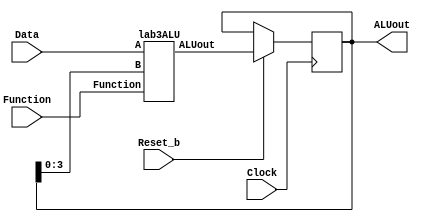
module part2(Clock, Reset_b, Data, Function, ALUout);
	input Clock, Reset_b;
	input [3:0] Data;
	input [2:0] Function;
	output [7:0] ALUout;

	wire [7:0] wOut;

	reg [7:0] wReg = 'd0;

	// cases 0 through 6
	lab3ALU u0 (Data[3:0], wReg[3:0], Function[2:0], wOut[7:0]);
	
	// case 7
	always @(posedge Clock)     // triggered every time clock rises
	begin 
		if (Reset_b == 1'b0)    // when reset_b is 0
			
			wReg <= wReg;             // q set to 0
		else                    // when not 0
			wReg <= wOut;             // value of d passes through to output q
	end	
	
	assign ALUout = wReg;

endmodule

// ALU
module lab3ALU(A, B, Function, ALUout);
    	input [3:0] A, B;
	input [2:0] Function;
	
	output reg [7:0]ALUout = 'd0;
	
	wire [3:0] w1;
	wire w2;
	
	RIPPLE_ADDER adder(.A(A), .B(B), .Cin(1'b0), .S(w1[3:0]), .Co(w2));
	
	always @(*)
	begin
		case(Function[2:0])
			
			// 0: A+B with adder
			3'b000: begin
				ALUout[3:0]=w1[3:0];
				ALUout[4] = w2;
				ALUout[7:5] = 1'b0;
			end
			
			// 1: A+B using "+"
			3'b001: ALUout = A+B;
			
			// 2: Sign Extension
			3'b010: ALUout[7:0] = { {4{B[3]}}, B[3:0] };
			
			// 3: Output if...
			3'b011: begin
				ALUout[7:1] = 1'b0;
				ALUout[0] = |{A, B};
			end
			
			// 4: Output if...
			3'b100: begin
				ALUout[7:1] = 1'b0;
				ALUout[0] = &{A, B};
			end
				
			// 5: Left shift B by A bits
			3'b101: ALUout = B * (2**A);
			
			// 6: AXB using "*"
			3'b110: ALUout = A*B;
			
			// 7: Hold current value in the Register
			3'b111: ALUout[7:0] = ALUout[7:0];
			
			default: ALUout[7:0]=1'b0;
			
		endcase
	end
endmodule

// Register
//module register (D, Reset_b, Clock, q);
    //input [7:0] D;
   // input Reset_b, Clock;
  //  output reg [7:0] q;
    
//	always @(posedge Clock)     // triggered every time clock rises
	
//	begin 
//		if (Reset_b == 1'b0)    // when reset_b is 0
			
//			q <= 0;             // q set to 0
//		else                    // when not 0
//			q <= D;             // value of d passes through to output q
//	end	
//endmodule

// Full adder
module full_adder(A, B, Ci, S, Co);
    input A, B, Ci;
    output S, Co;
    wire w1,w2,w3;

    xor H1(w1, A, B);
    xor H2(S, w1, Ci);
    and H3(w2, w1, Ci);
    and H4(w3, A, B);
    or H5(Co, w2, w3);
endmodule
	
// Ripple Adder	
module RIPPLE_ADDER(A, B,Cin, S, Co);
    input [3:0] A, B;
    input Cin; 
    output [3:0] S;
    output Co;
    wire w1, w2, w3;
 
    full_adder u1(A[0], B[0], Cin,S[0], w1);
    full_adder u2(A[1], B[1], w1, S[1], w2);
    full_adder u3(A[2], B[2], w2, S[2], w3);
    full_adder u4(A[3], B[3], w3, S[3], Co);
endmodule